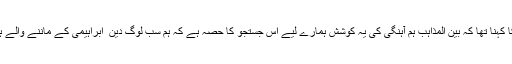
ان کا کہنا تھا کہ بین المذاہب ہم آہنگی کی یہ کوشش ہمارے لیے اس جستجو کا حصہ ہے کہ ہم سب لوگ دین ِ ابراہیمی کے ماننے والے ہیں ۔